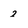
Character: 2